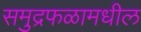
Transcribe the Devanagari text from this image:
समुद्रफळामधील